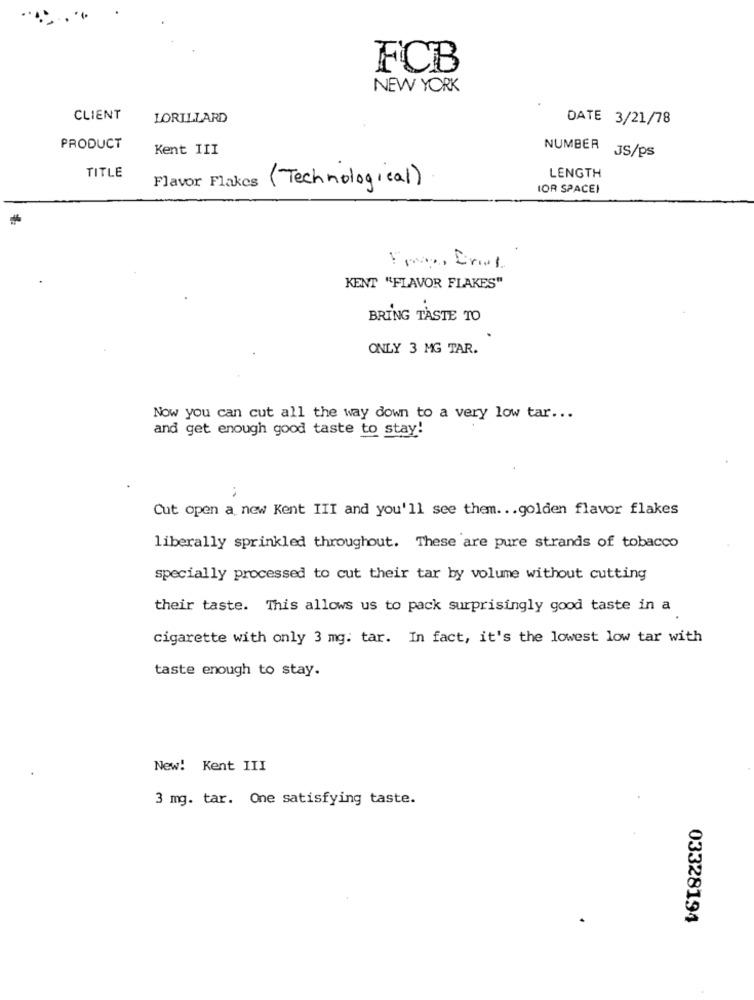
FCB
NEW YORK
CLIENT
LORILLARD
DATE 3/21/78
PRODUCT
Kent III
NUMBER JS/ps
TITLE
LENGTH
Flavor Flakes (Technological)
IOR SPACEI
KENT "FLAVOR FLAKES"
BRING TASTE TO
ONLY 3 MG TAR.
Now you can cut all the way down to a very low tar ...
and get enough good taste to stay!
Cut open a new Kent III and you'll see them ... golden flavor flakes
liberally sprinkled throughout. These are pure strands of tobacco
specially processed to cut their tar by volume without cutting
their taste. This allows us to pack surprisingly good taste in a
cigarette with only 3 mg. tar. In fact, it's the lowest low tar with
taste enough to stay.
New! Kent III
3 mg. tar. One satisfying taste.
03328194